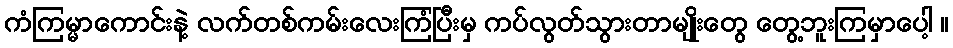
ကံကြမ္မာကောင်းနဲ့ လက်တစ်ကမ်းလေးကြံပြီးမှ ကပ်လွတ်သွားတာမျိုးတွေ တွေ့ဘူးကြမှာပေါ့ ။